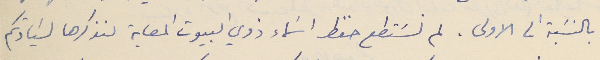
بالنسَبة الى الاولى. لم نسَتطع حفظ اسَماء ذوي البيوت المصابة لنذكرها لسَيادتكم